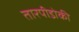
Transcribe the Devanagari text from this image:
तारपीडोकी